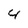
Character: 4